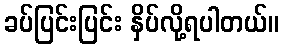
ခပ်ပြင်းပြင်း နှိပ်လို့ရပါတယ်။